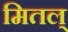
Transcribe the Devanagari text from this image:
मितल्